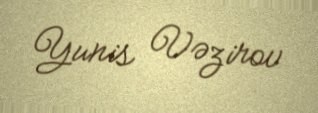
Yunis Vəzirov